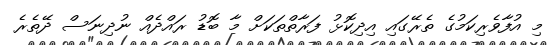
މި އުފާވެރިކަމުގެ ތެރޭގައި އިދިކޮޅު ފަރާތްތަކަށް މާ ބޮޑު ރައްދެއް ނުދިނަސް ދޭތެރެ